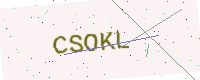
Text: CSOKL